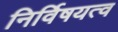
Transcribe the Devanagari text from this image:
निर्विषयत्व